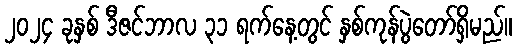
၂၀၂၄ ခုနှစ် ဒီဇင်ဘာလ ၃၁ ရက်နေ့တွင် နှစ်ကုန်ပွဲတော်ရှိမည်။